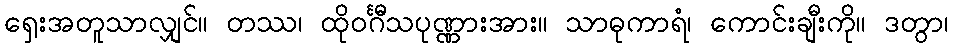
ရှေးအတူသာလျှင်။ တဿ၊ ထိုဝင်္ဂီသပုဏ္ဏားအား။ သာဓုကာရံ၊ ကောင်းချီးကို။ ဒတွာ၊